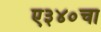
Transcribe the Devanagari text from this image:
ए३४०चा